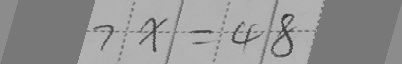
7 x = 4 8